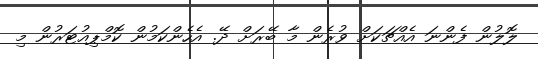
ލޮލުން ފެންނަ އެއްޗަކަށް ވުރެން މާ ބޭރަށް ދޭ. އެހެންކަމުން ކޮމްޕިއުޓަރުން މި